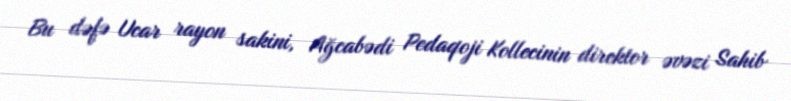
Bu dəfə Ucar rayon sakini, Ağcabədi Pedaqoji Kollecinin direktor əvəzi Sahib